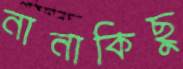
নানাকিছু